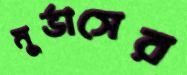
মুর্ভাসের